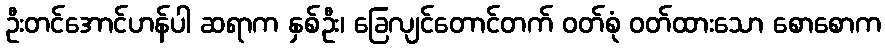
ဦးတင်အောင်ဟန်ပါ ဆရာက နှစ်ဦး၊ ခြေလျင်တောင်တက် ဝတ်စုံ ဝတ်ထားသော စောစောက